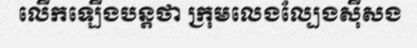
លើកឡើងបន្តថា ក្រុមលេងល្បែងស៊ីសង